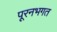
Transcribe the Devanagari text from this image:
पूरनभगत